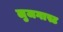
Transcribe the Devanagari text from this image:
लुजगास्ट